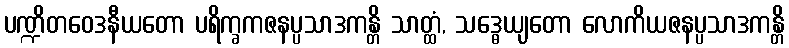
ပဏ္ဍိတဝေဒနီယတော ပရိက္ခကဇနပ္ပသာဒကန္တိ သာတ္ထံ, သဒ္ဓေယျတော လောကိယဇနပ္ပသာဒကန္တိ